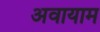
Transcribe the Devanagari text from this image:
अवायाम